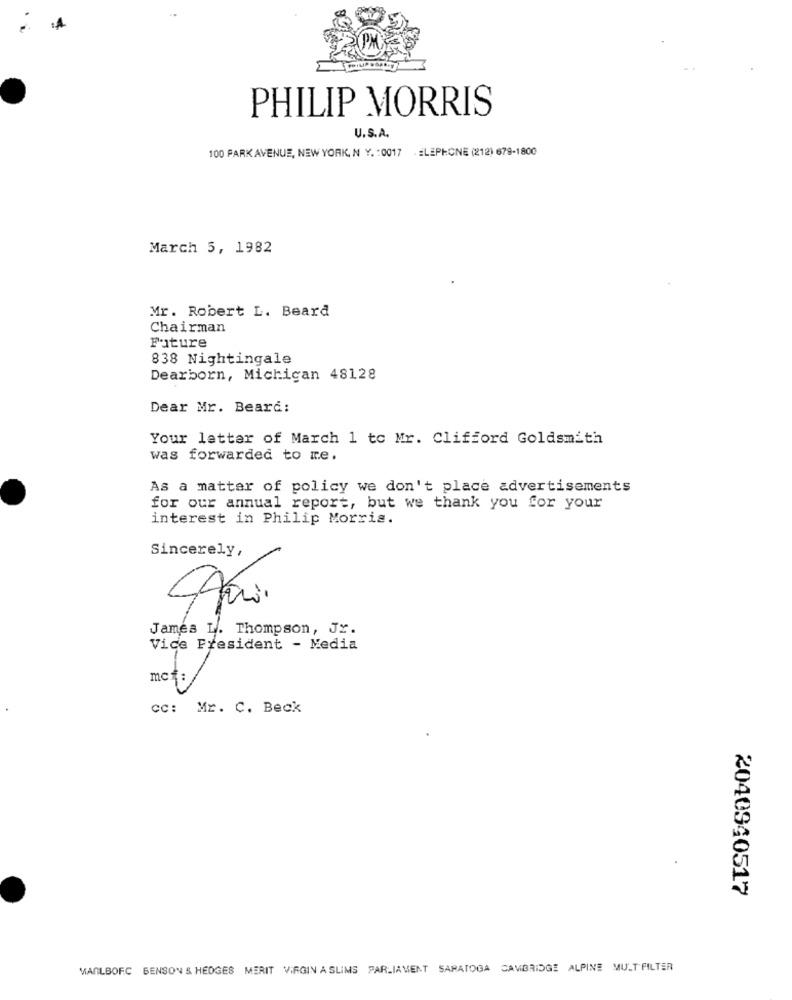
PHILIP MORRIS
U.S.A.
100 PARK AVENUE, NEW YORK, N Y. : 0017 . ELEPHONE (212) 679-1800
March 5, 1982
Mr. Robert L. Beard
Chairman
Future
838 Nightingale
Dearborn, Michigan 48128
Dear Mr. Beard:
Your letter of March 1 to Mr. Clifford Goldsmith
was forwarded to me.
As a matter of policy we don't place advertisements
for our annual report, but we thank you for your
interest in Philip Morris.
Sincerely,
James L. Thompson, Jr.
Vice President - Media
cc: Mr. C. Beck
2040940517
MANLBOFC BENSON & HEDGES MERIT VIRGIN A SLIMS PARLIAMENT SARATOGA CAMBRIDGE ALPINE MULT FILTER